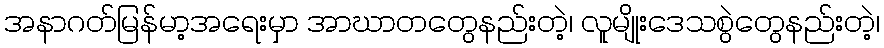
အနာဂတ်မြန်မာ့အရေးမှာ အာဃာတတွေနည်းတဲ့၊ လူမျိုးဒေသစွဲတွေနည်းတဲ့၊